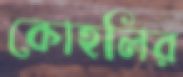
কোহলির